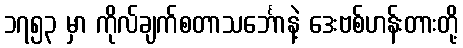
၁၇၅၃ မှာ ကိုလ်ချက်စတာသင်္ဘောနဲ့ ဒေးဗစ်ဟန်းတားတို့